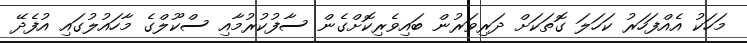
މަހަކު އެއްފަހަރު ކަހަލަ ގޮތަކަށް ދަރިވަރުން ބައިވެރިކޮށްގެން ސާފުކުރުމާއި ސްކޫލްގެ މާހައުލުގައި އުފެދޭ